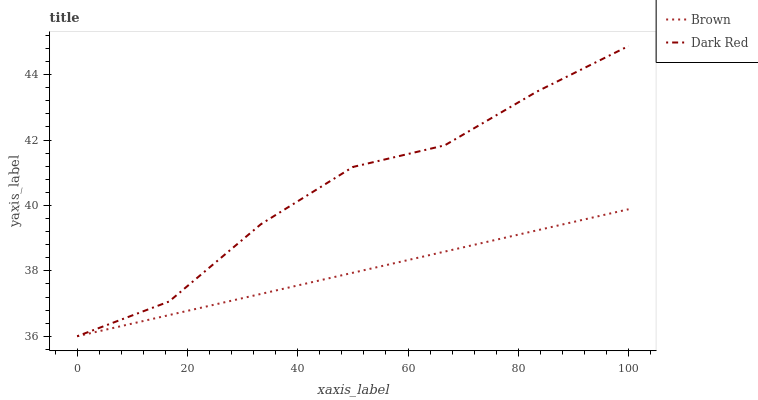
| xaxis_label | Brown | Dark Red |
 | --- | --- | --- |
 | 0 | 36 | 36 |
 | 16.7 | 36.6 | 37.1 |
 | 33.3 | 37.3 | 39.4 |
 | 50 | 37.9 | 41.2 |
 | 66.7 | 38.6 | 41.8 |
 | 83.3 | 39.2 | 43.5 |
 | 100 | 39.9 | 44.9 |